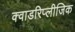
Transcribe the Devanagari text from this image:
क्वाडरिप्लीजिक